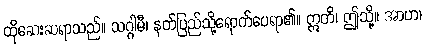
ထိုဆေးဆရာသည်။ သဂ္ဂါမီ၊ နတ်ပြည်သို့ရောက်ပေရာ၏။ ဣတိ၊ ဤသို့။ အာဟ၊